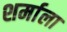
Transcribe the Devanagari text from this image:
शर्माला